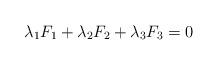
LaTeX: \begin{align*}\lambda_1 F_1 + \lambda_2 F_2 + \lambda_3 F_3 = 0 \end{align*}